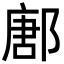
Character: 鄌